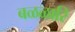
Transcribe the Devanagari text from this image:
बळळारि